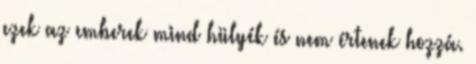
ezek az emberek mind hülyék és nem értenek hozzá.